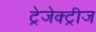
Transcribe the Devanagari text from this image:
ट्रेजेक्ट्रीज